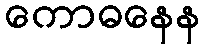
ကောဓနေန